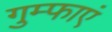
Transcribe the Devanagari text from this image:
गुम्फाएं